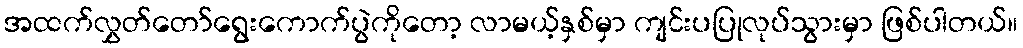
အထက်လွှတ်တော်ရွေးကောက်ပွဲကိုတော့ လာမယ့်နှစ်မှာ ကျင်းပပြုလုပ်သွားမှာ ဖြစ်ပါတယ်။